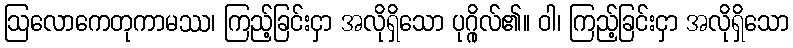
ဩလောကေတုကာမဿ၊ ကြည့်ခြင်းငှာ အလိုရှိသော ပုဂ္ဂိုလ်၏။ ဝါ၊ ကြည့်ခြင်းငှာ အလိုရှိသော